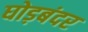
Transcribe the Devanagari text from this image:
घोड़बंदर